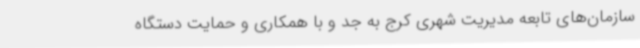
سازمان‌های تابعه مدیریت شهری کرج به جد و با همکاری و حمایت دستگاه